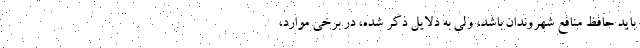
باید حافظ منافع شهروندان باشد، ولی به دلایل ذکر شده، در برخی موارد،